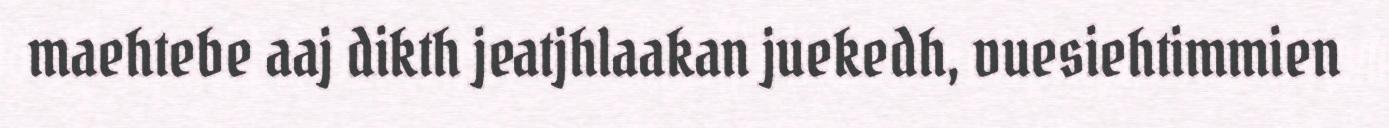
maehtebe aaj dikth jeatjhlaakan juekedh, vuesiehtimmien